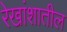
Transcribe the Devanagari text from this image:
रेखांशातील